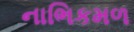
નાભિકમળ